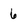
Character: 6